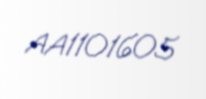
AA1101605